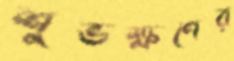
শুভক্ষণের